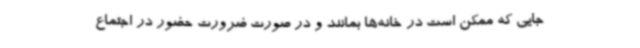
جایی که ممکن است در خانه‌ها بمانند و در صورت ضرورت حضور در اجتماع